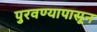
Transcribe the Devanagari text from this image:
पुरवण्यापासून